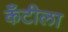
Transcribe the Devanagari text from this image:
कँटीला